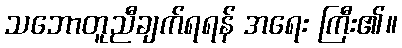
သဘောတူညီချက်ရရန် အရေး ကြီး၏။